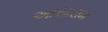
આસારામ